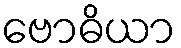
ဗောဓိယာ